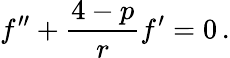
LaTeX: f^{\prime\prime}+\frac{4-p}{r}f^{\prime}=0\, .